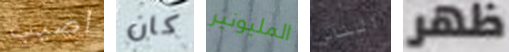
اصيب كان المليونير الناس ظهر